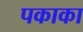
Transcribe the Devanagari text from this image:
पकाका